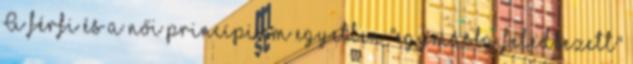
A férfi és a női princípium egyetlen "egymásba feledkezett"